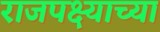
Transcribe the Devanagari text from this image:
राजपक्ष्याच्या